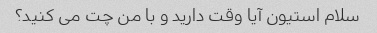
سلام استیون آیا وقت دارید و با من چت می کنید؟